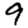
Digit: 9